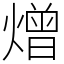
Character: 熷